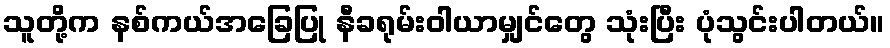
သူတို့က နစ်ကယ်အခြေပြု နီခရုမ်းဝါယာမျှင်တွေ သုံးပြီး ပုံသွင်းပါတယ်။